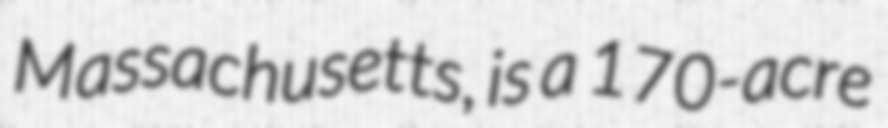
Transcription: Massachusetts, is a 170-acre